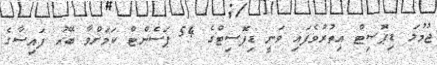
ޖުމުލަ ޑިޕޮސިޓް އިތުރުވެފައި ވަނީ ޑިޕޮސިޓްގެ 54 ޕަސެންޓް ކަމަށްވާ ބޭރު ފައިސާގެ